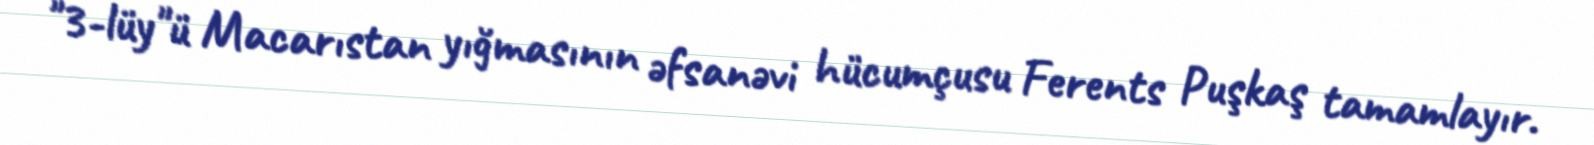
"3-lüy"ü Macarıstan yığmasının əfsanəvi hücumçusu Ferents Puşkaş tamamlayır.